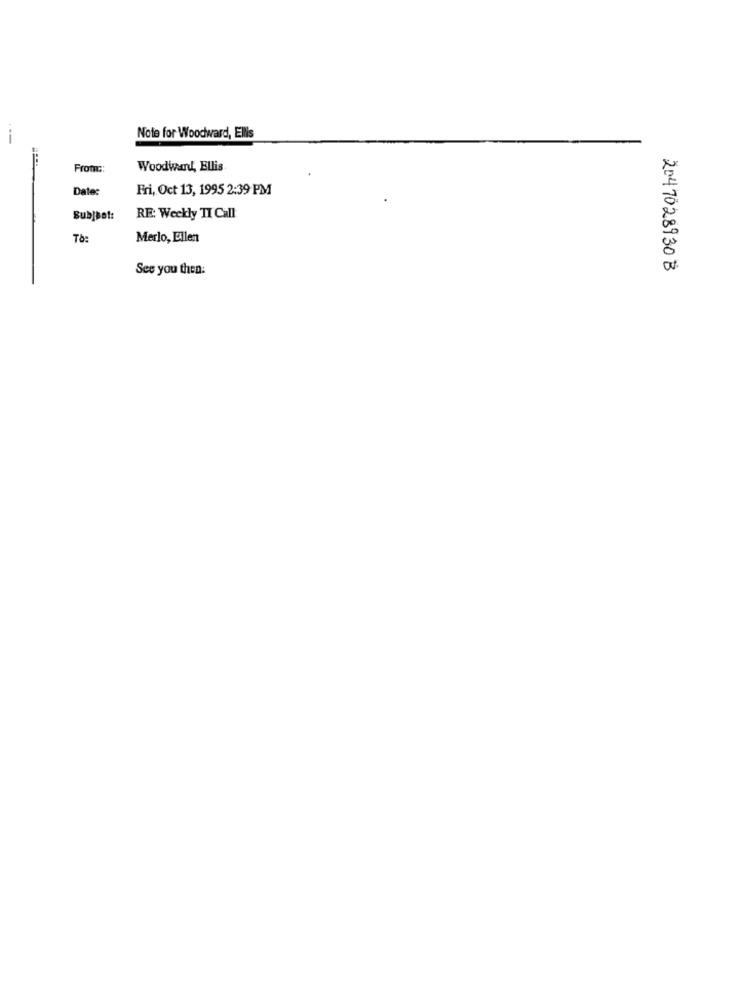
Note for Woodward, Ellis
From ::
Woodward, Ellis.
Date:
Fri, Oct 13, 1995 2:39 PM
Subjbot:
RE: Weekly TI Call
To:
Merlo, Ellen
See you then:
2047028930 B